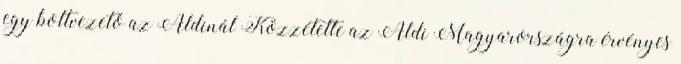
egy boltvezető az Aldinál Közzétette az Aldi Magyarországra érvényes